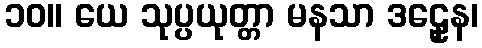
၁၀။ ယေ သုပ္ပယုတ္တာ မနသာ ဒဠှေန၊